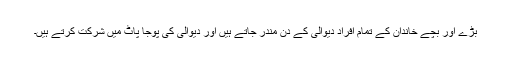
بڑے اور بچے خاندان کے تمام افراد دیوالی کے دن مندر جاتے ہیں اور دیوالی کی پوجا پاٹ میں شرکت کرتے ہیں۔